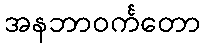
အနဘာဝင်္ကတော